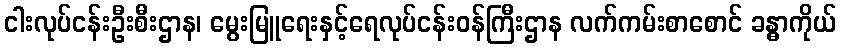
ငါးလုပ်ငန်းဦးစီးဌာန၊ မွေးမြူရေးနှင့်ရေလုပ်ငန်းဝန်ကြီးဌာန လက်ကမ်းစာစောင် ခန္ဓာကိုယ်